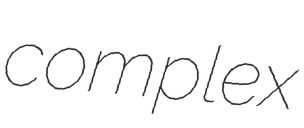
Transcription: complex